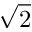
\sqrt { 2 }